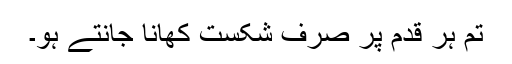
تم ہر قدم پر صرف شکست کھانا جانتے ہو۔